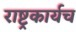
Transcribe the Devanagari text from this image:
राष्ट्रकार्यच